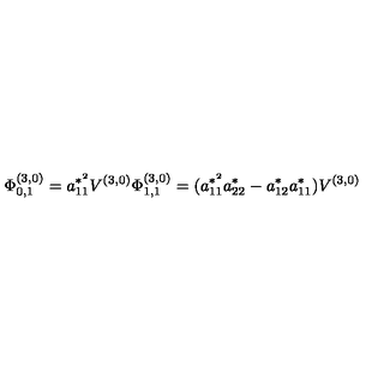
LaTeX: \Phi _ { 0 , 1 } ^ { ( 3 , 0 ) } = a _ { 1 1 } ^ { * ^ { 2 } } V ^ { ( 3 , 0 ) } \Phi _ { 1 , 1 } ^ { ( 3 , 0 ) } = ( a _ { 1 1 } ^ { * ^ { 2 } } a _ { 2 2 } ^ { * } - a _ { 1 2 } ^ { * } a _ { 1 1 } ^ { * } ) V ^ { ( 3 , 0 ) }